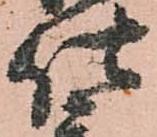
仕